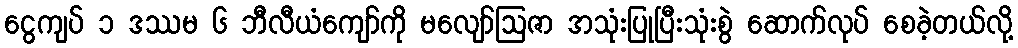
ငွေကျပ် ၁ ဒဿမ ၆ ဘီလီယံကျော်ကို မလျော်ဩဇာ အသုံးပြုပြီးသုံးစွဲ ဆောက်လုပ် စေခဲ့တယ်လို့